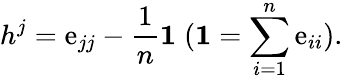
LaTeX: h^{j}=\mathrm{e}_{jj}-\frac{{1}}{{n}}{\mathbf{1}}\; ({\mathbf{1}}=\sum_{i=1}^{n}\mathrm{e}_{ii}).